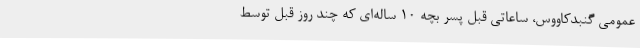
عمومی گنبدکاووس، ساعاتی قبل پسر بچه ۱۰ ساله‌ای که چند روز قبل توسط